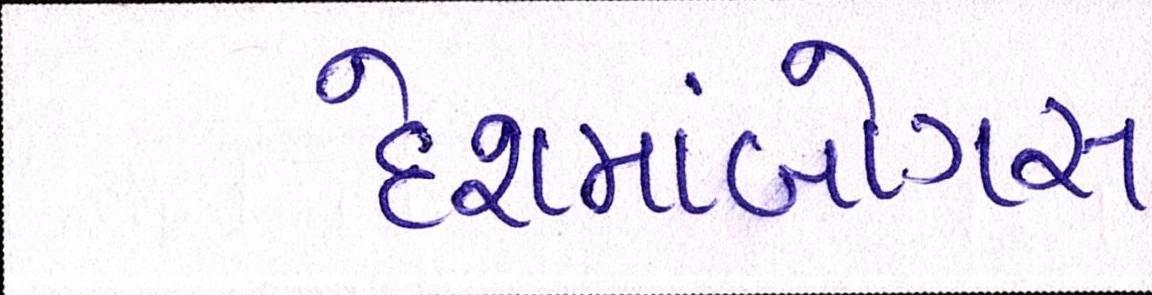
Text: દેશમાંબોગસ